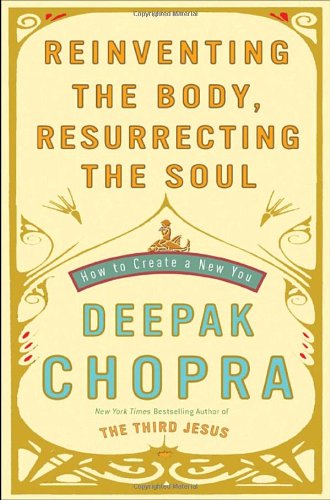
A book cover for Reinventing the Body, Resurrecting the Soul: How to Create a New You; Deepak Chopra; Self-Help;